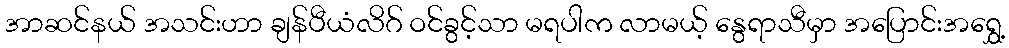
အာဆင်နယ် အသင်းဟာ ချန်ပီယံလိဂ် ဝင်ခွင့်သာ မရပါက လာမယ့် နွေရာသီမှာ အပြောင်းအရွှေ့